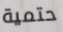
حتمية